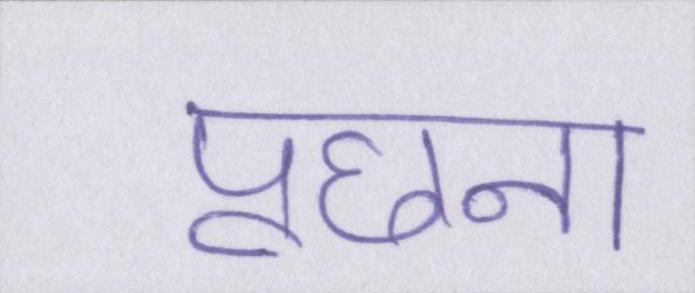
पूछना